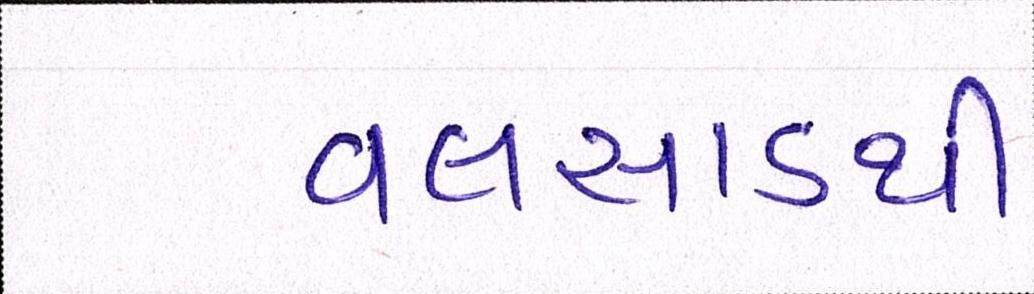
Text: વલસાડથી